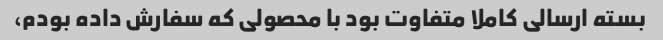
بسته ارسالی کاملا متفاوت بود با محصولی که سفارش داده بودم،